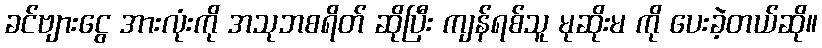
ခင်ဗျားငွေ အားလုံးကို အသုဘစရိတ် ဆိုပြီး ကျန်ရစ်သူ မုဆိုးမ ကို ပေးခဲ့တယ်ဆို။